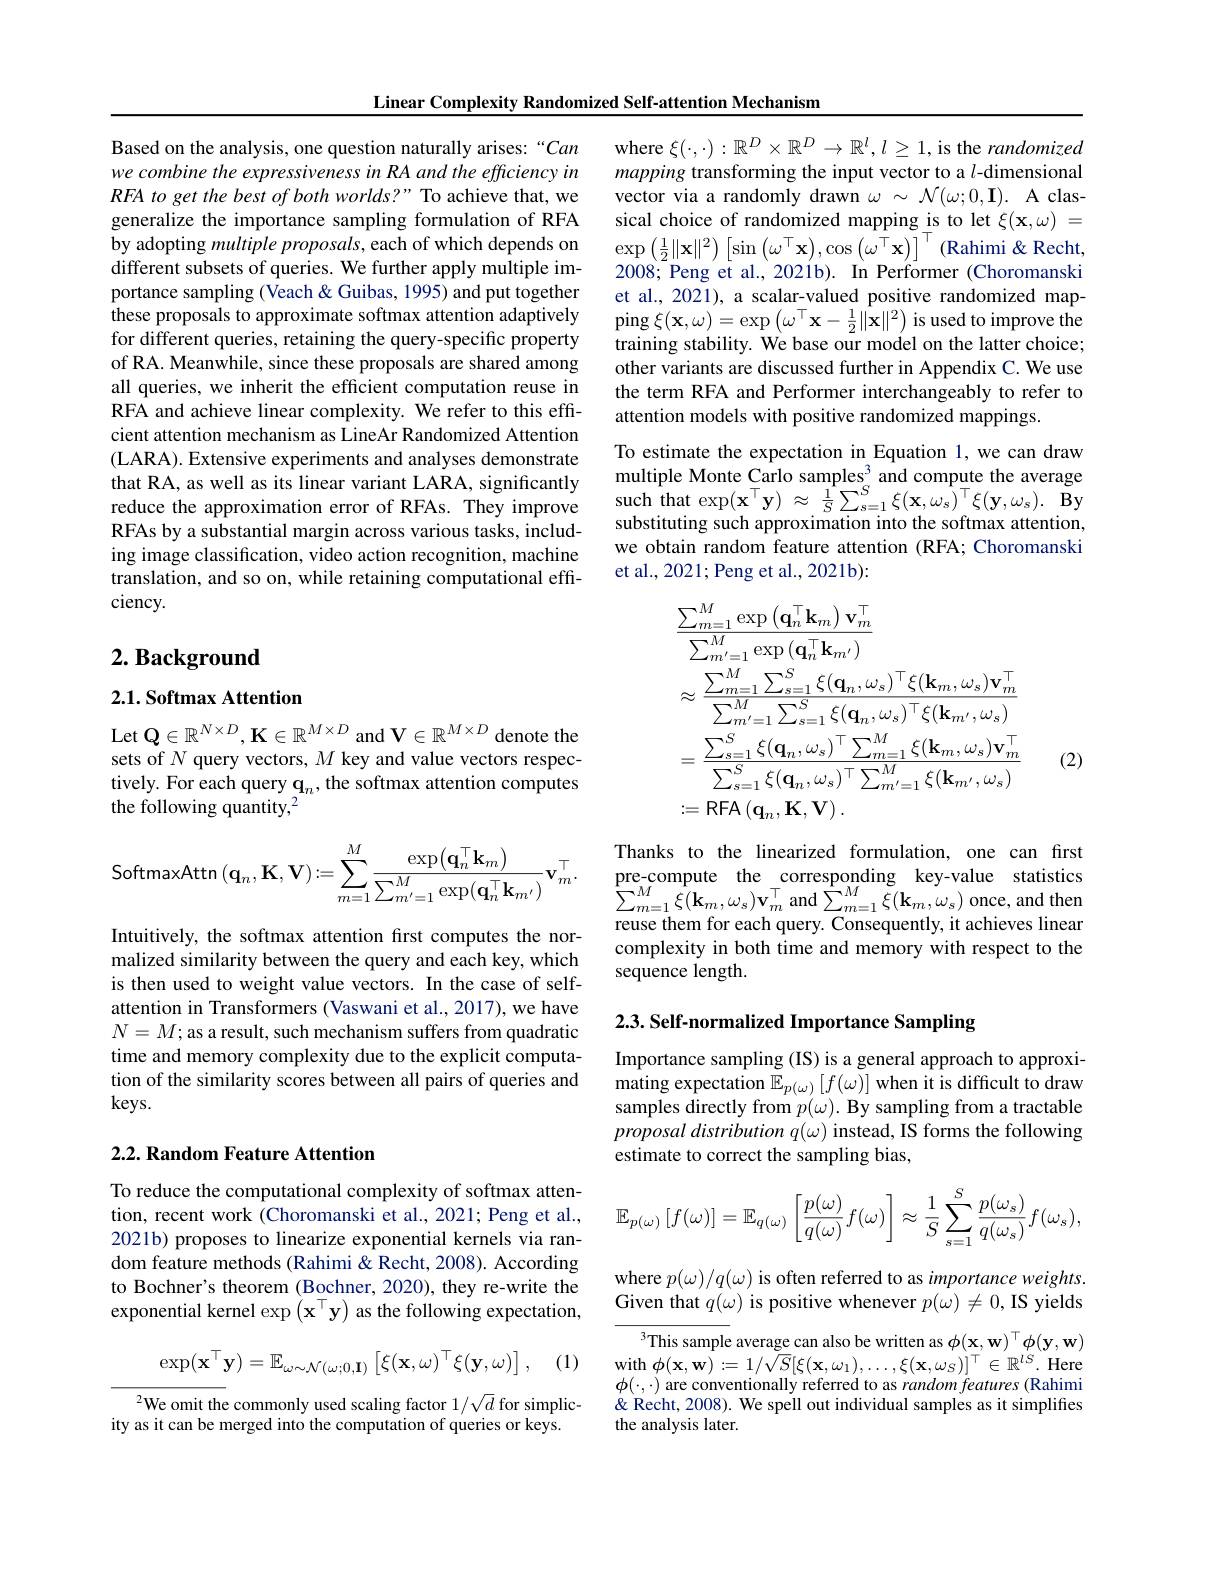
Linear Complexity Randomized Self-attention Mechanism

Based on the analysis, one question naturally arises:“Can we combine the expressiveness in RA and the efficiency in RFA to get the best of both worlds?" To achieve that, we generalize the importance sampling formulation of RFA by adopting multiple proposals, each of which depends on different subsets of queries. We further apply multiple importance sampling (Veach & Guibas, 1995) and put together these proposals to approximate softmax attention adaptively for different queries, retaining the query-specific property of RA. Meanwhile, since these proposals are shared among all queries, we inherit the efficient computation reuse in RFA and achieve linear complexity. We refer to this effcient attention mechanism as LineAr Randomized Attention (LARA). Extensive experiments and analyses demonstrate that RA, as well as its linear variant LARA, significantly reduce the approximation error of RFAs. They improve RFAs by a substantial margin across various tasks, including image classification, video action recognition, machine translation, and so on, while retaining computational efficiency.

## $2. \textbf{Background}$

2.1. Softmax Attention

Let $\mathbf{Q}\in\mathbb{R}^{N\times D},\mathbf{K}\in\mathbb{R}^{M\times D}$ and V$\in\mathbb{R}^M\times D$ denote the sets of $N$ query vectors, $M$ key and value vectors respectively. For each query $\mathbf{q}_n$, the softmax attention computes the following quantity,$^{2}$

$\dot{\text{oftmaxAttn}} \left ( \mathbf{q} _{n}, \mathbf{K} , \mathbf{V} \right ) : = \sum _{m= 1}^{M}\frac {\exp ( \mathbf{q} _{n}^{\top }\mathbf{k} _{m}) }{\sum _{m^{\prime }= 1}^{M}\exp ( \mathbf{q} _{n}^{\top }\mathbf{k} _{m^{\prime }}) }\mathbf{v} _{m}^{\top }.$ $\begin{array} { c c } {\text{Thanks to the linearized formulation, one}}& {\text{can first}}\\ {\text{pre- compute the corresponding key- value}}& {\text{statistics}}\\ {}\sum _{m= }\end{array}$

Intuitively, the softmax attention first computes the normalized similarity between the query and each key, which is then used to weight value vectors. In the case of selfattention in Transformers (Vaswani et al., 2017), we have $N=M;$ as a result, such mechanism suffers from quadratic time and memory complexity due to the explicit computation of the similarity scores between all pairs of queries and keys.

### 2.2. Random Feature Attention

To reduce the computational complexity of softmax attention, recent work (Choromanski et al., 2021; Peng et al., 2021b) proposes to linearize exponential kernels via random feature methods (Rahimi&Recht, 2008). According to Bochner's theorem (Bochner, 2020), they re-write the exponential kernel $\exp\left(\mathbf{x}^{\top}\mathbf{y}\right)$ as the following expectation,

(1)
$$\exp(\mathbf{x}^\top\mathbf{y})=\mathbb{E}_{\omega\sim\mathcal{N}(\omega;0,\mathbf{I})}\left[\xi(\mathbf{x},\omega)^\top\xi(\mathbf{y},\omega)\right],$$
$^{2}$We omit the commonly used scaling factor $1/\sqrt d$ for simplicity as it can be merged into the computation of queries or keys.

where $\xi(\cdot,\cdot):\mathbb{R}^D\times\mathbb{R}^D\to\mathbb{R}^l,l\geq1$,is the randomized mapping transforming the input vector to a $l$-dimensional vector via a randomly drawn $\omega\sim\mathcal{N}(\omega;0,\mathbf{I}).$ A classical choice of randomized mapping is to let $\xi ( \mathbf{x} , \omega )$ = $\exp\left(\frac{1}{2}\|\mathbf{x}\|^{2}\right)\left[\sin\left(\omega^{\top}\mathbf{x}\right),\cos\left(\omega^{\top}\mathbf{x}\right)\right]^{\top}\left(\mathrm{Rahimi~\&~Recht},\right.$ 2008; Peng et al., 2021b). In Performer (Choromanski et al., 2021), a scalar-valued positive randomized map- $\operatorname{ping}\xi(\mathbf{x},\omega)=\exp\left(\omega^{\top}\mathbf{x}-\frac12\|\mathbf{x}\|^{2}\right)$is used to improve the training stability. We base our model on the latter choice; other variants are discussed further in Appendix C. We use the term RFA and Performer interchangeably to refer to attention models with positive randomized mappings.
To estimate the expectation in Equation 1,we can draw multiple Monte Carlo samples$^3$ and compute the average such that exp$( \mathbf{x} ^{\top }\mathbf{y} )$ $\approx$ $\frac 1S\sum _{s= 1}^{S}\xi ( \mathbf{x} , \omega _{s}) ^{\top }\xi ( \mathbf{y} , \omega _{s}) .$ $\mathbf{By}$ substituting such approximation into the softmax attention, we obtain random feature attention (RFA; Choromanski et al., 2021; Peng et al., 2021b):
$$\begin{aligned}&\frac{\sum_{m=1}^{M}\exp\left(\mathbf{q}_{n}^{\top}\mathbf{k}_{m}\right)\mathbf{v}_{m}^{\top}}{\sum_{m^{\prime}=1}^{M}\exp\left(\mathbf{q}_{n}^{\top}\mathbf{k}_{m^{\prime}}\right)}\\&\approx\frac{\sum_{m=1}^{M}\sum_{s=1}^{S}\xi(\mathbf{q}_{n},\omega_{s})^{\top}\xi(\mathbf{k}_{m},\omega_{s})\mathbf{v}_{m}^{\top}}{\sum_{m^{\prime}=1}^{M}\sum_{s=1}^{S}\xi(\mathbf{q}_{n},\omega_{s})^{\top}\xi(\mathbf{k}_{m^{\prime}},\omega_{s})}\\&=\frac{\sum_{s=1}^{S}\xi(\mathbf{q}_{n},\omega_{s})^{\top}\sum_{m=1}^{M}\xi(\mathbf{k}_{m},\omega_{s})\mathbf{v}_{m}^{\top}}{\sum_{s=1}^{S}\xi(\mathbf{q}_{n},\omega_{s})^{\top}\sum_{m^{\prime}=1}^{M}\xi(\mathbf{k}_{m^{\prime}},\omega_{s})}\\&:=\mathsf{RFA}\left(\mathbf{q}_{n},\mathbf{K},\mathbf{V}\right).\end{aligned}$$
(2)

$\sum_{m=1}^{M}\xi(\mathbf{k}_{m},\omega_{s})\mathbf{v}_{m}^{\top}$and$\sum_{m=1}^{M}\xi(\mathbf{k}_{m},\omega_{s})$ once, and then reuse them for each query. Consequently, it achieves linear complexity in both time and memory with respect to the sequence length.

2.3. Self-normalized Importance Sampling

Importance sampling (IS) is a general approach to approximating expectation $\mathbb{E}_{p(\omega)}\left[f(\omega)\right]$when it is difficult to draw samples directly from $p(\omega).$ By sampling from a tractable proposal distribution q(w) instead, IS forms the following estimate to correct the sampling bias,
$$\mathbb{E}_{p(\omega)}\left[f(\omega)\right]=\mathbb{E}_{q(\omega)}\left[\frac{p(\omega)}{q(\omega)}f(\omega)\right]\approx\frac{1}{S}\sum_{s=1}^{S}\frac{p(\omega_{s})}{q(\omega_{s})}f(\omega_{s}),$$
where $p(\omega)/q(\omega)$ is often referred to as importance weights. Given that $q(\omega)$ is positive whenever $p(\omega)\neq0$, IS yields

$^3$This sample average can also be written as $\phi(\mathbf{x},\mathbf{w})^\top\phi(\mathbf{y},\mathbf{w})$ with $\phi ( \mathbf{x} , \mathbf{w} ) : = 1/ \tilde{S} [ \xi ( \mathbf{x} , \omega _{1}) , \ldots , \xi ( \mathbf{x} , \omega _{S}) ] ^{\top }\in \mathbb{R} ^{lS}.$Here $\begin{array}{l}\phi(\cdot,\cdot)\text{ are conventionally referred to as random features (Rahimi}\\\&\text{Recht, 2008). We spell out individual samples as it simplifies}\end{array}$ the analysis later.